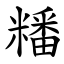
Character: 䊩